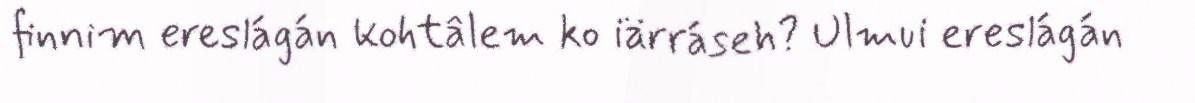
finnim ereslágán kohtâlem ko iärráseh? Ulmui ereslágán